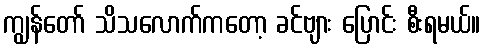
ကျွန်တော် သိသလောက်ကတော့ ခင်ဗျား ပြောင်း စီးရမယ်။